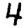
Digit: 4